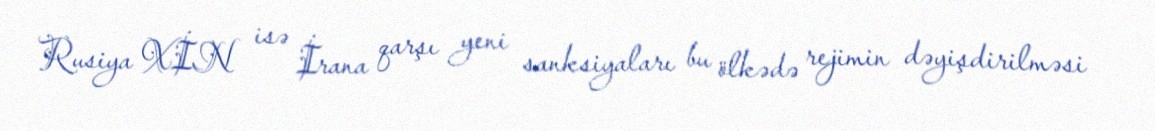
Rusiya XİN isə İrana qarşı yeni sanksiyaları bu ölkədə rejimin dəyişdirilməsi